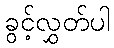
ခွင့်လွှတ်ပါ